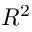
R ^ { 2 }